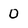
Character: 0